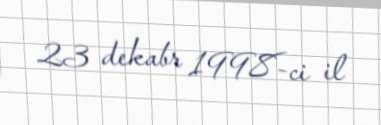
23 dekabr 1998-ci il